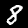
Label: 8